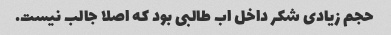
حجم زیادی شکر داخل اب طالبی بود که اصلا جالب نیست.